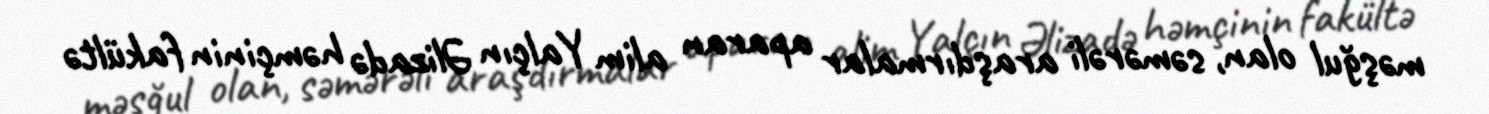
məşğul olan, səmərəli araşdırmalar aparan alim Yalçın Əlizadə həmçinin fakültə